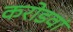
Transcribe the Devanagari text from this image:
करोडवां